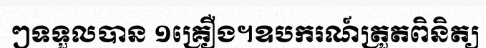
ៗទទួលបាន ១គ្រឿង។ឧបករណ៍ត្រួតពិនិត្យ